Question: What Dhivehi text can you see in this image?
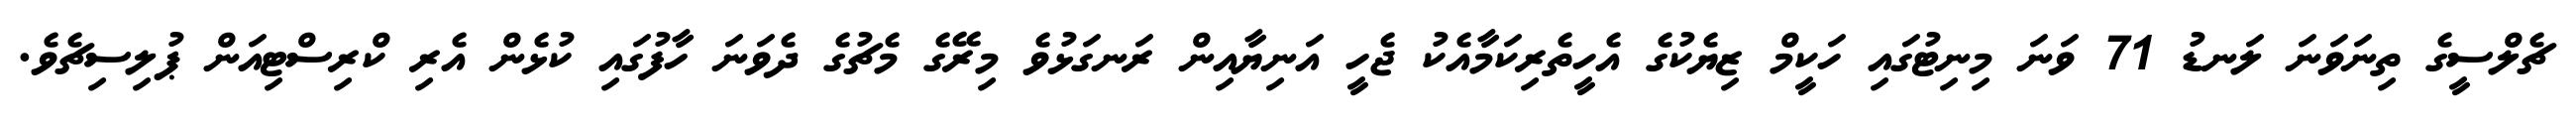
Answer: ޗެލްސީގެ ތިނަވަނަ ލަނޑު 71 ވަނަ މިނިޓުގައި ހަކީމް ޒިޔެކުގެ އެހީތެރިކަމާއެކު ޖެހީ އަނިޔާއިން ރަނގަޅުވެ މިރޭގެ މެޗުގެ ދެވަނަ ހާފުގައި ކުޅެން އެރި ކްރިސްޓިއަން ޕުލިސިޗެވެ.